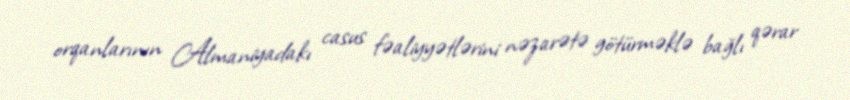
orqanlarının Almaniyadakı casus fəaliyyətlərini nəzarətə götürməklə bağlı qərar